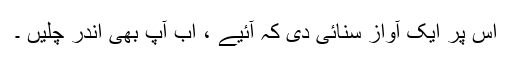
اس پر ایک آواز سنائی دی کہ آئیے ، اب آپ بھی اندر چلیں ۔